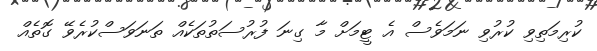
ކުރިމަތިވި ކުރުވި ނަމަވެސް އެ ޓީމަށް މާ ގިނަ ފުރުސަތުތަކެއް ތަނަވަސްކުރެވޭ ގޮތެއް